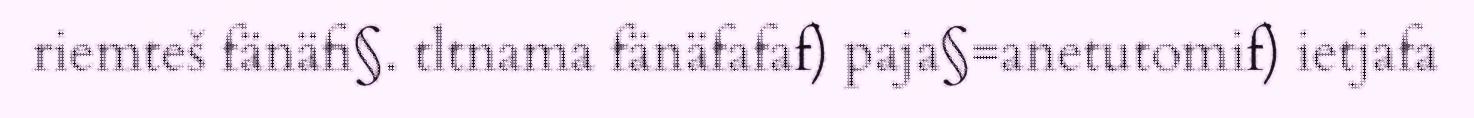
riemteš fänäfi§. tltnama fänäfafaf) paja§=anetutomif) ietjafa